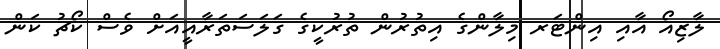
ލާޒިއޯ އާއި އިންޓަރ މިލާންގެ އިތުރުން ތުރުކީގެ ގަލަސަތަރާއީއަށް ވެސް ކޯޗު ކަން